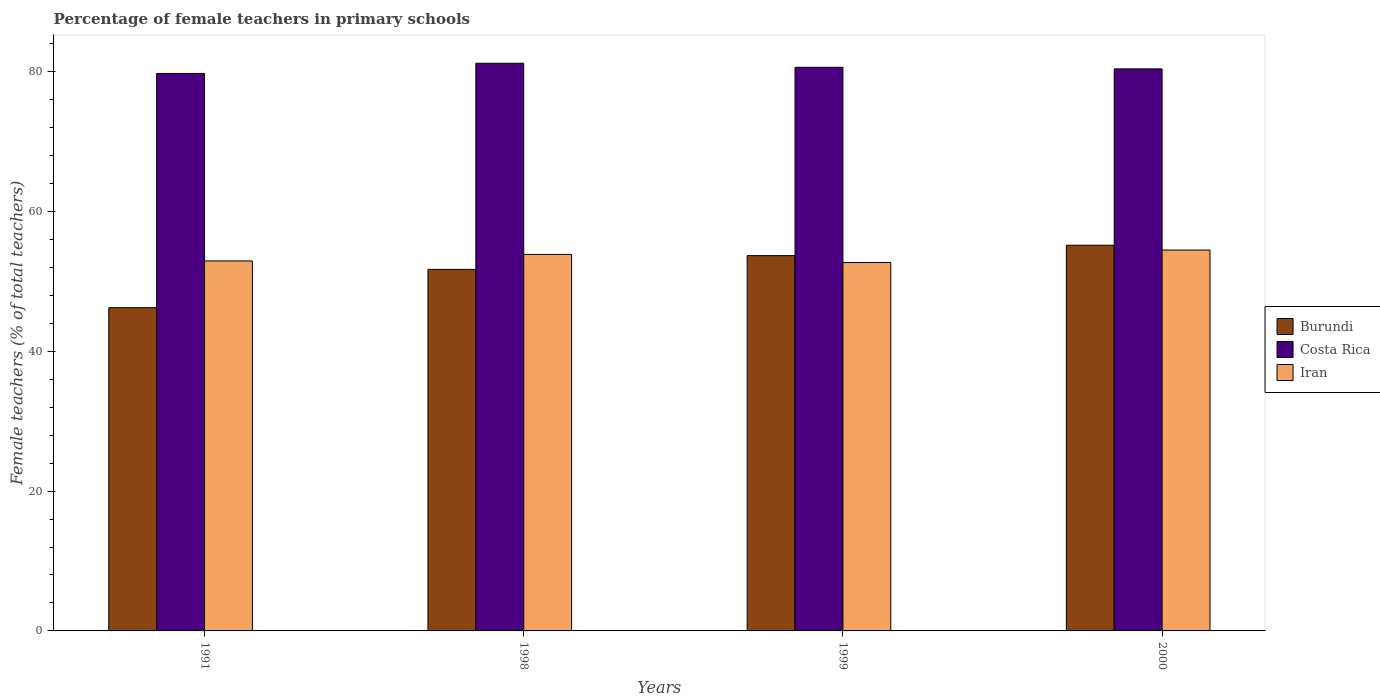
| Years | Burundi | Costa Rica | Iran |
 | --- | --- | --- | --- |
 | 1991 | 46.2 | 79.7 | 52.9 |
 | 1998 | 51.7 | 81.2 | 53.9 |
 | 1999 | 53.7 | 80.6 | 52.7 |
 | 2000 | 55.2 | 80.4 | 54.5 |